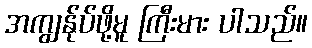
အကျွန်ုပ်ဖို့မူ ကြီးမား ပါသည်။